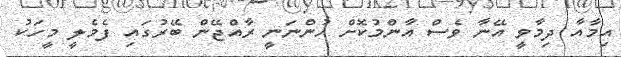
އިމާއާ ދިމާވީ އޭނާ ވެސް އާންމުކޮށް ހުންނަނީ ރާއްޖޭން ބޭރުގައި ފެމެލީ މީހަކު